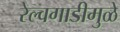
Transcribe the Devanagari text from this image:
रेल्वगाडीमुळे